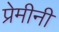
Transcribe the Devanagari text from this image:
प्रेमीनी